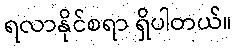
ရလာနိုင်စရာ ရှိပါတယ်။